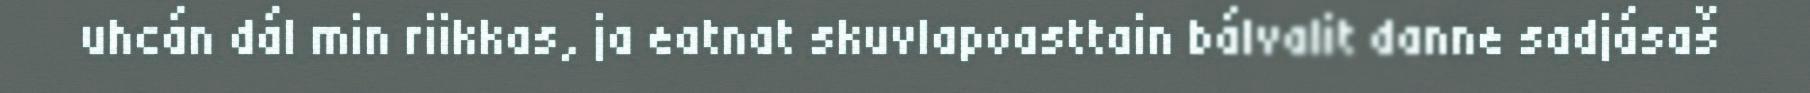
uhcán dál min riikkas, ja eatnat skuvlapoasttain bálvalit danne sadjásaš